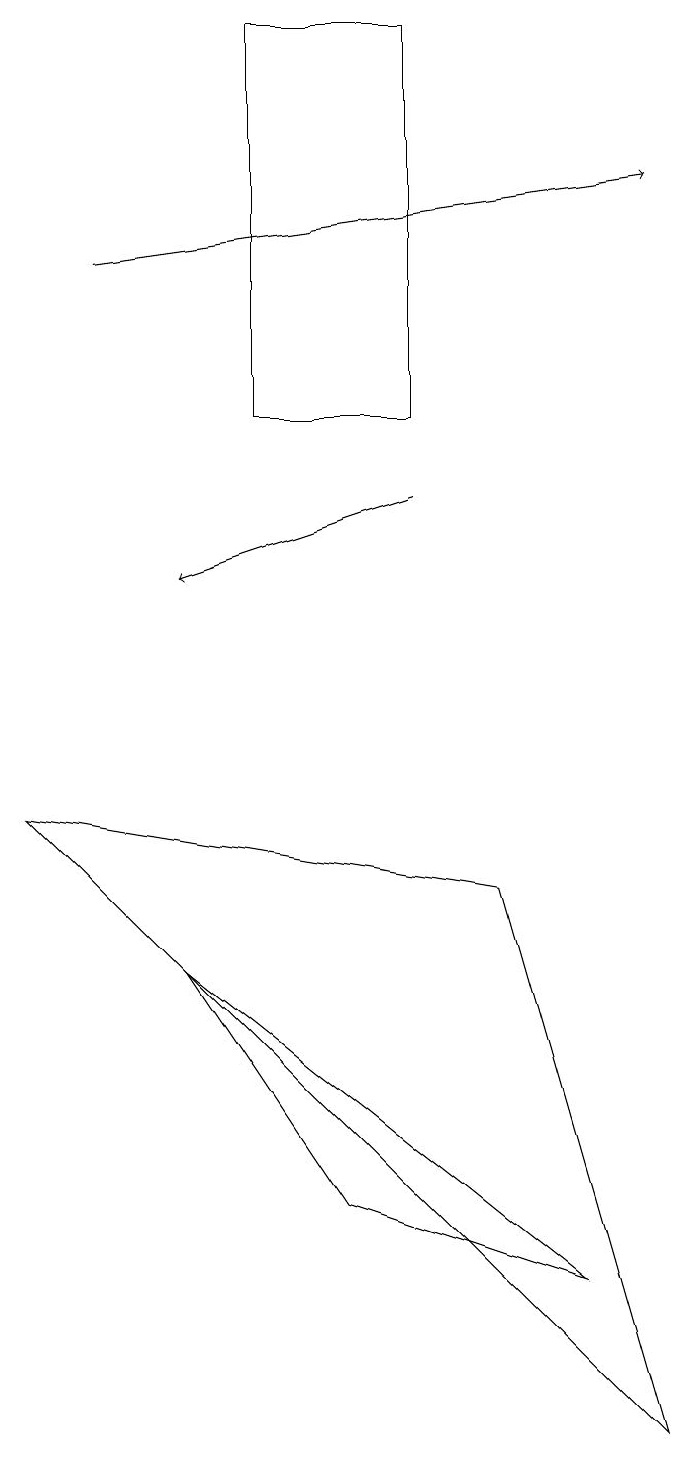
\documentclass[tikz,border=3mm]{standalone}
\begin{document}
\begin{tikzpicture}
\draw (7,3) -- (2,7) -- (4,4) -- cycle;
\draw[->] (5,13) -- (2,12);
\draw (6,8) -- (0,9) -- (8,1) -- cycle;
\draw (3,14) rectangle (5,19);
\draw[->] (1,16) -- (8,17);
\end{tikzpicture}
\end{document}